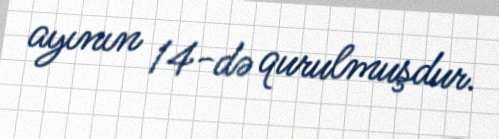
ayının 14-də qurulmuşdur.